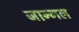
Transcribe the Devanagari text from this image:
जान्गल